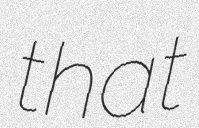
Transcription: that